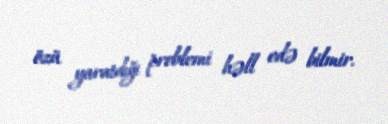
özü yaratdığı problemi həll edə bilmir.